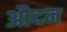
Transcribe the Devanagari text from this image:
औदन